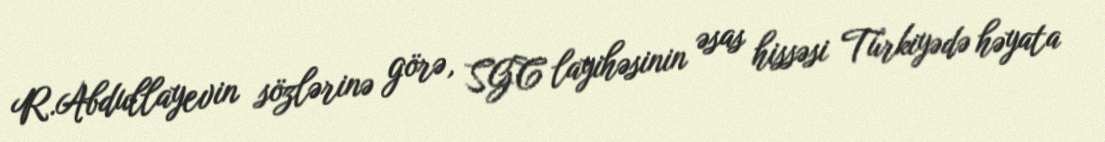
R.Abdullayevin sözlərinə görə, SGC layihəsinin əsas hissəsi Türkiyədə həyata